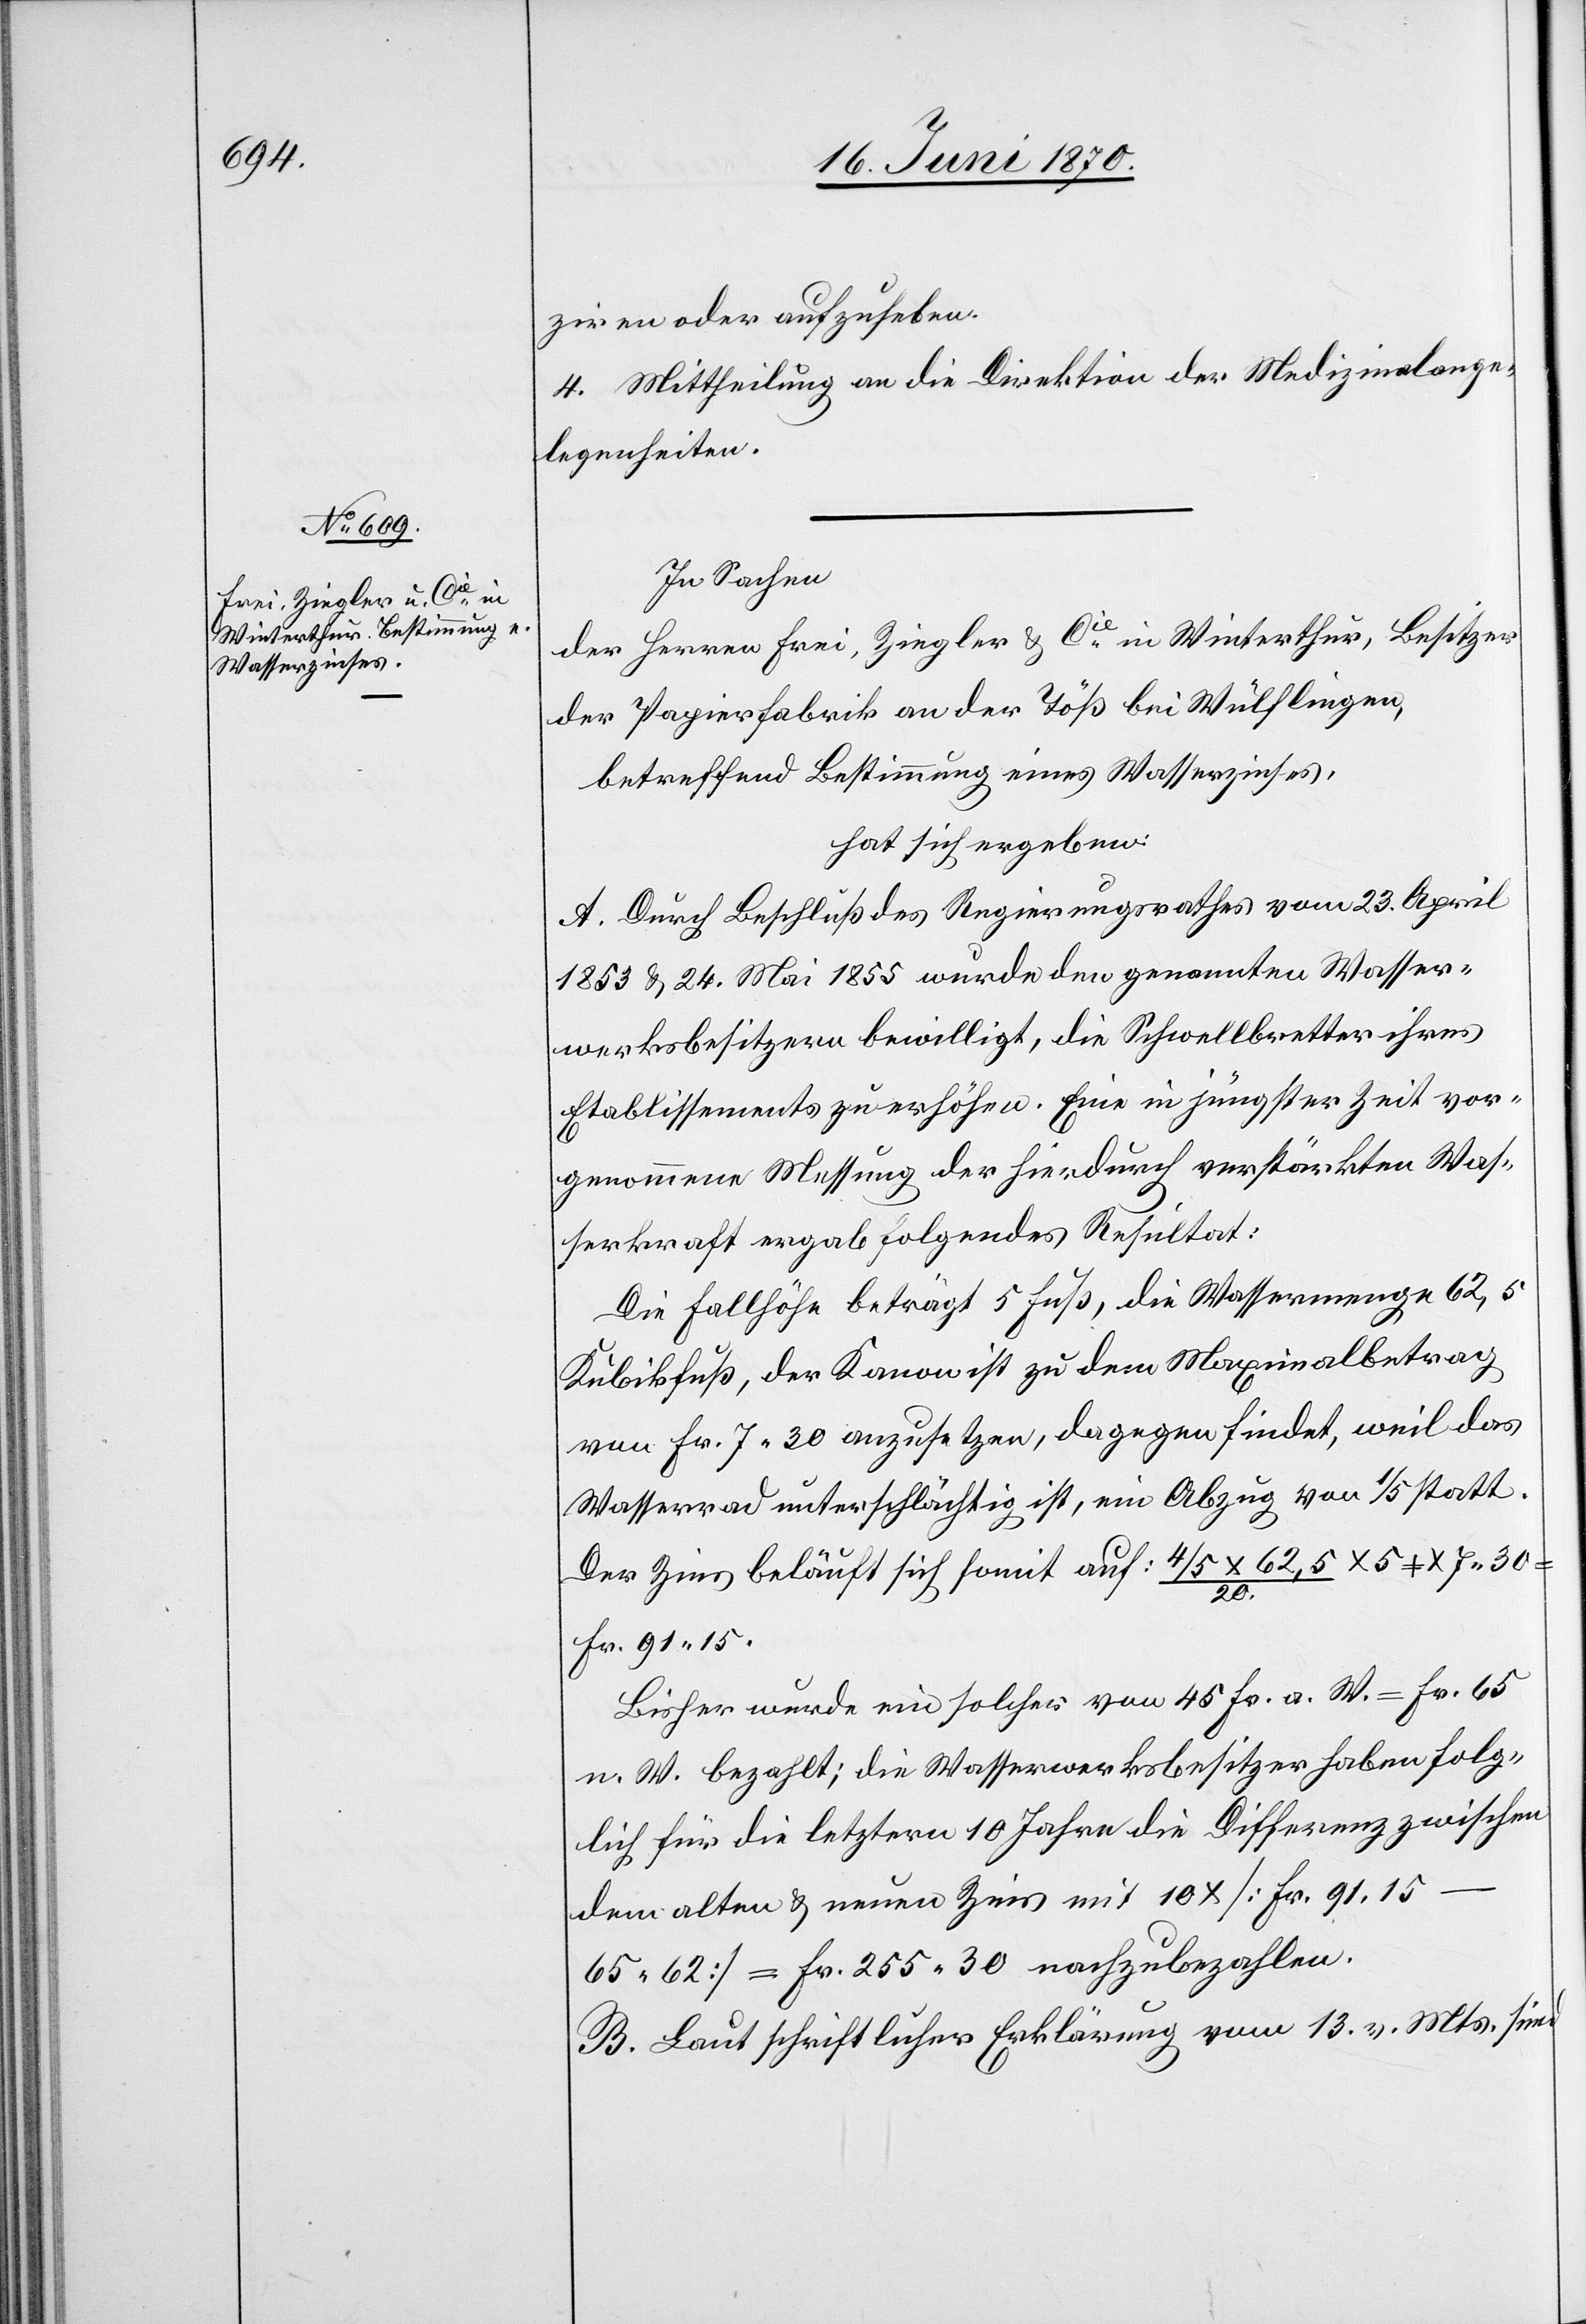
ziren oder aufzuheben.
4. Mittheilung an die Direktion der Medizinalange¬
legenheiten.
In Sachen
der Herren Frei, Ziegler & Cie in Winterthur, Besitzer
der Papierfabrik an der Töß bei Wülflingen,
betreffend Bestimmung eines Wasserzinses,
hat sich ergeben:
A. Durch Beschluß des Regierungsrathes vom 23. April
1853 & 24. Mai 1855 wurde den genannten Wasser¬
werksbesitzern bewilligt, die Schwellbretter ihres
Etablissements zu erhöhen. Eine in jüngster Zeit vor¬
genommene Messung der hierdurch verstärkten Was¬
serkraft ergab folgendes Resultat:
Die Fallhöhe beträgt 5 Fuß, die Wassermenge 62,5
Kubikfuß, der Kanon ist zu dem Maximalbetrag
von Fr. 7.30 anzusetzen, dagegen findet, weil das
Wasserrad unterschlächtig ist, ein Abzug von 1/5 statt.
Der Zins beläuft sich somit auf: 4/5 x 62,5/20 x 5 x 7.30
Fr. 91.15.
Bisher wurde ein solcher von 45 Fr. a. W. = Fr. 65
n. W. bezahlt; die Wasserwerksbesitzer haben folg¬
lich für die letztern [sic!] 10 Jahren die Differenz zwischen
dem alten & neuen Zins mit 10 x [Fr. 91.15
65.62] = Fr. 255.30 nachzubezahlen.
B. Laut schriftlicher Erklärung vom 13. v. Mts. sind